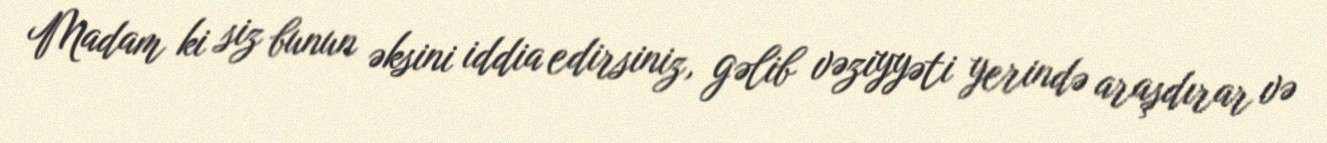
Madam ki siz bunun əksini iddia edirsiniz, gəlib vəziyyəti yerində araşdırar və